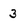
Character: 3